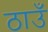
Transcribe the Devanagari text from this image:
ठाउँ